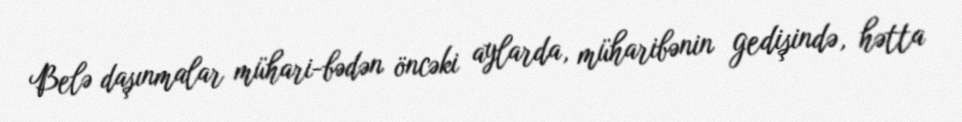
Belə daşınmalar mühari­bədən öncəki aylarda, müharibənin gedişində, hətta